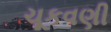
ચૂકવણી